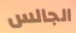
الجالس